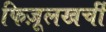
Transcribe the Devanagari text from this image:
फिज़ूलखर्ची